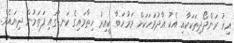
އިރު ރަންދޯދިތަކަކާއި އެކު އާދުވަހަކަށް މަރުހަބާ ކީއިރު ހިތާމައިގެ ކަނޑުގައި ފަތަމުން ދިޔައެވެ.